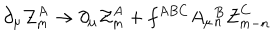
\partial _ { \mu } { \cal Z } _ { m } ^ { A } \to \partial _ { \mu } { \cal Z } _ { m } ^ { A } + f ^ { A B C } A _ { \mu } { } _ { n } ^ { B } { \cal Z } _ { m - n } ^ { C }